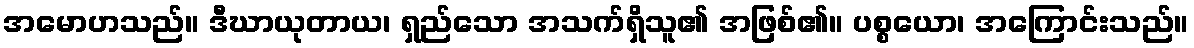
အမောဟသည်။ ဒီဃာယုတာယ၊ ရှည်သော အသက်ရှိသူ၏ အဖြစ်၏။ ပစ္စယော၊ အကြောင်းသည်။